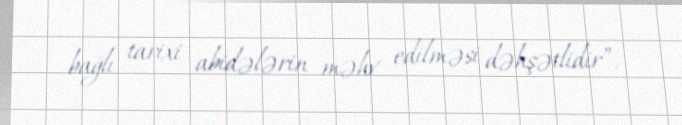
bağlı tarixi abidələrin məhv edilməsi dəhşətlidir”.